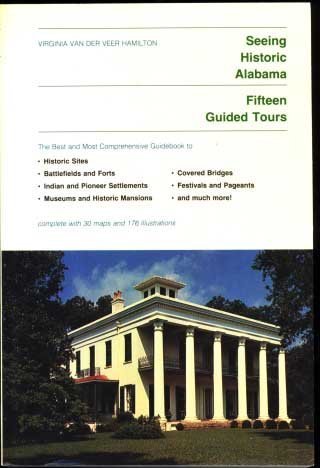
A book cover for Seeing Historic Alabama; Virginia Van Der Veer Hamilton; Travel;